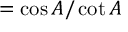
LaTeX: = { \cos A / \cot A }